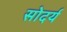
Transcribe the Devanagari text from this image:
सोदर्य